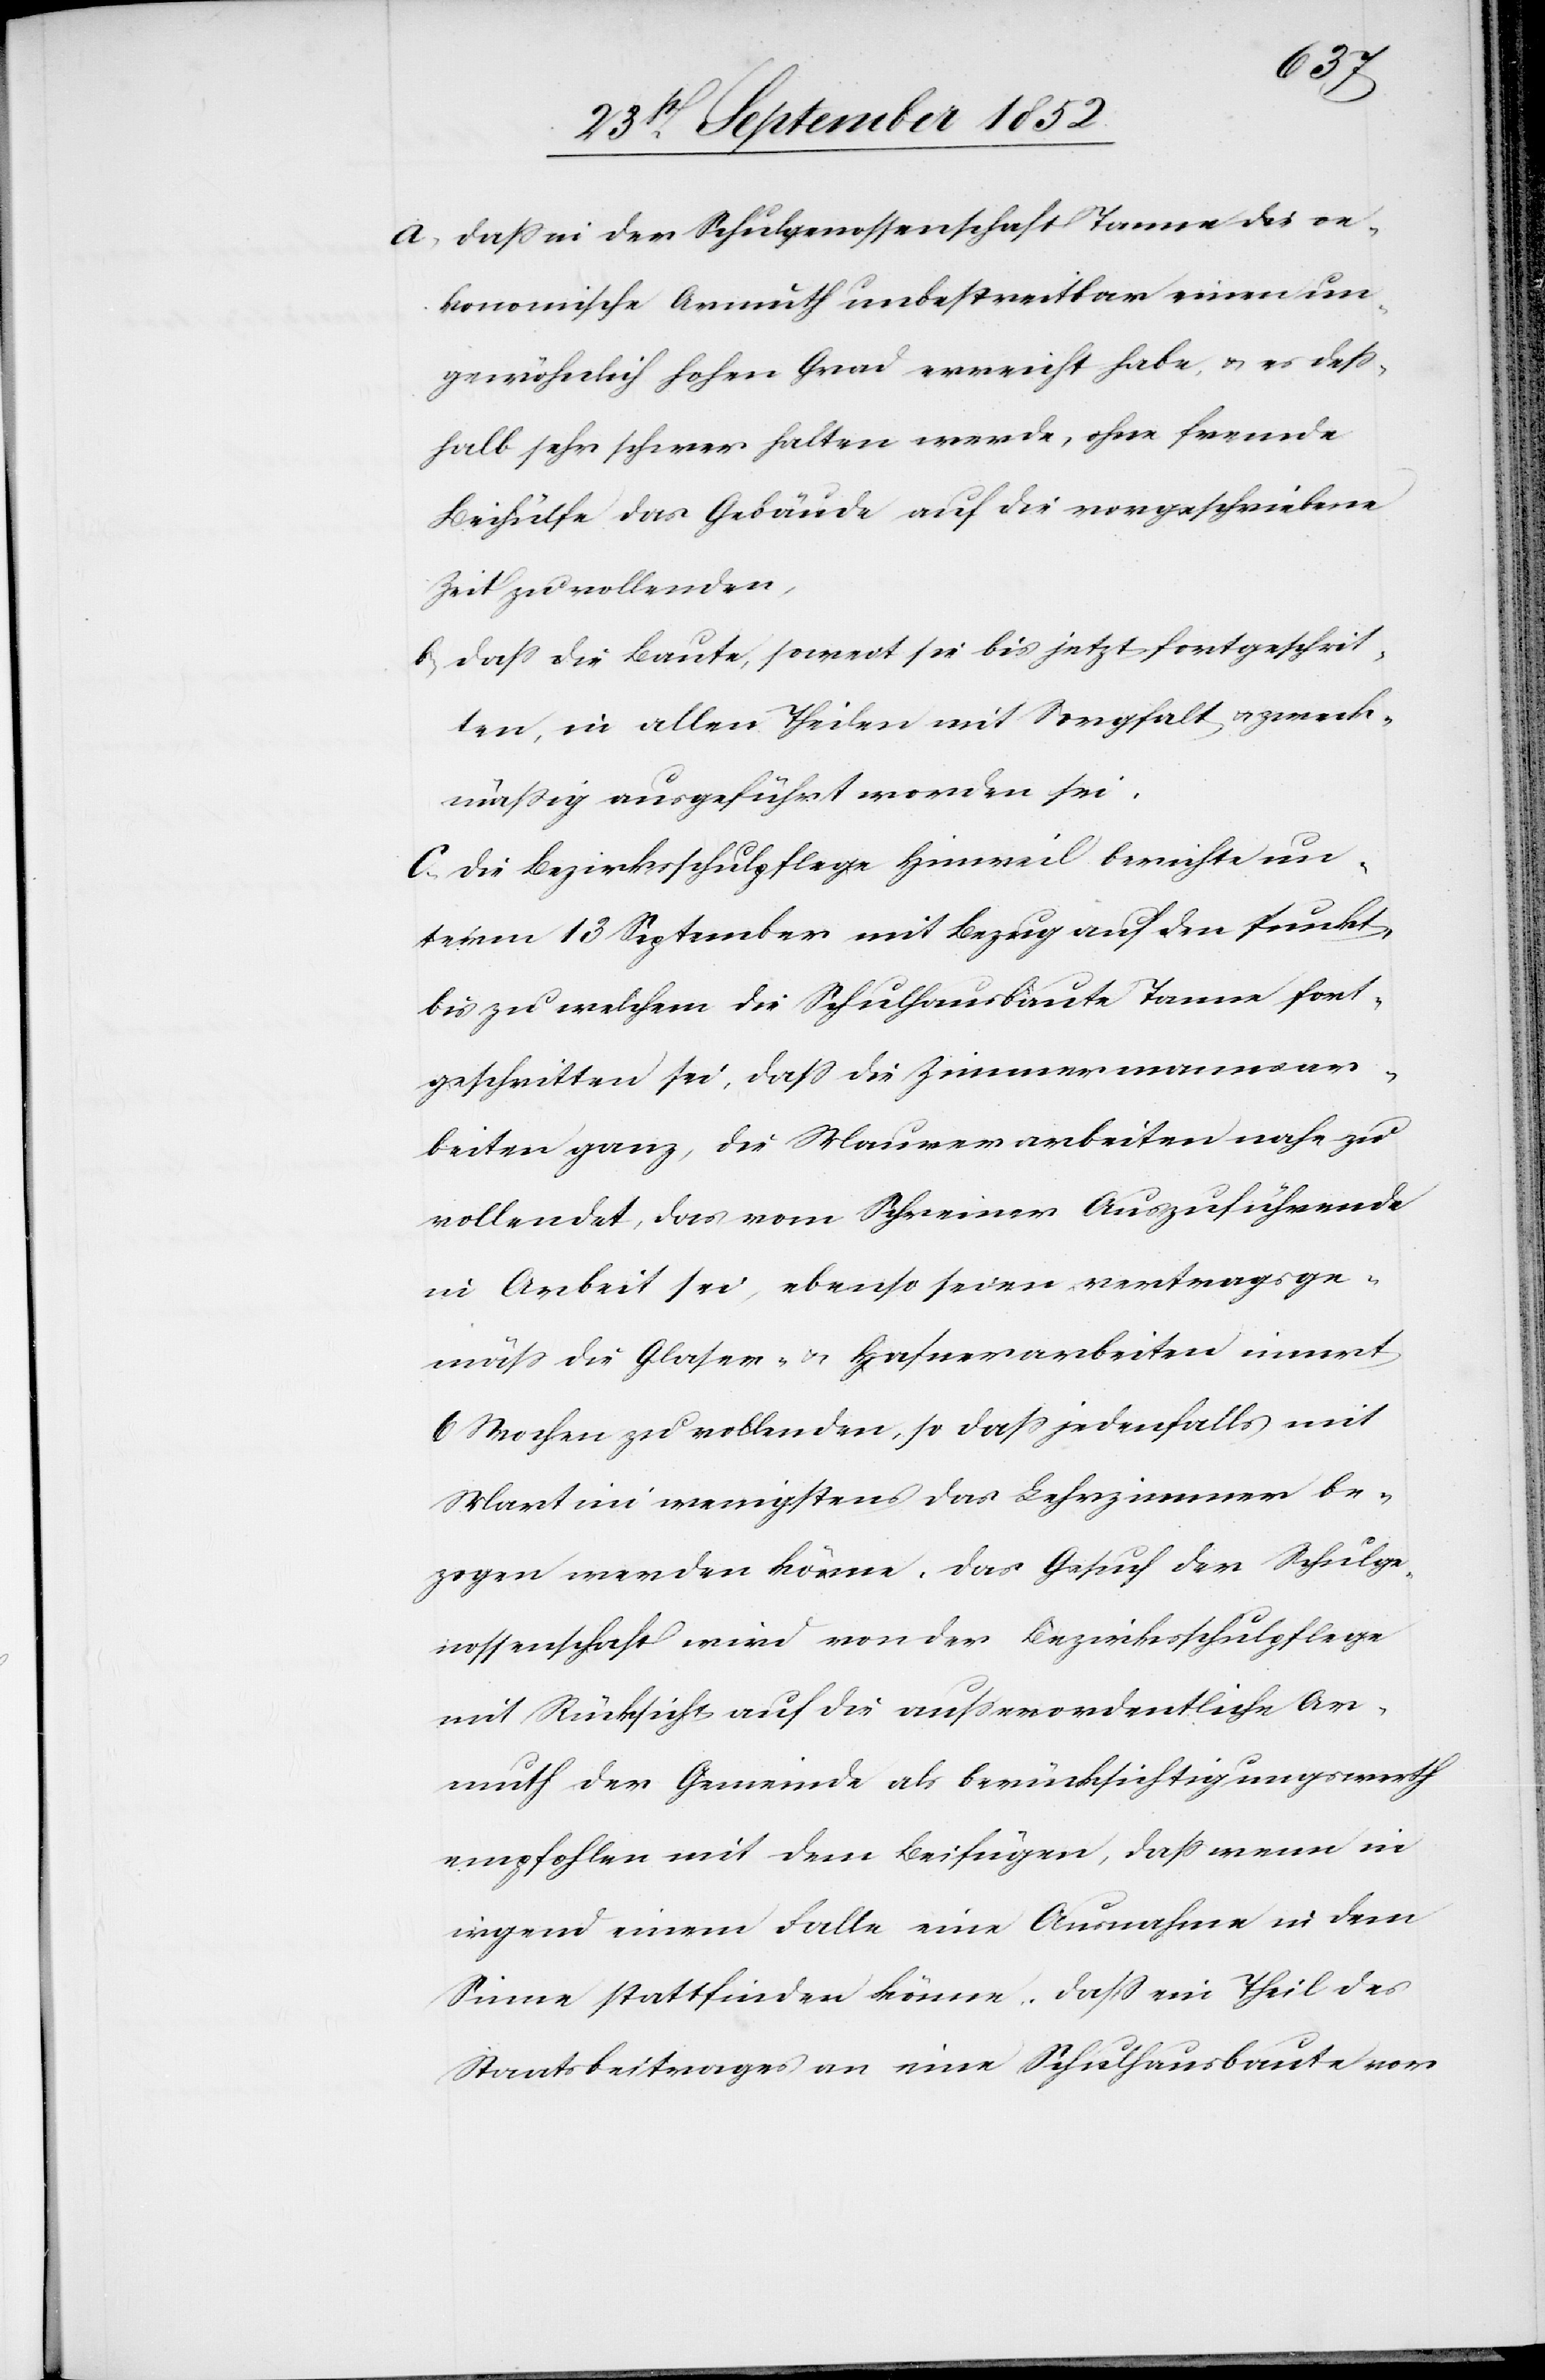
dass in der Schulgenossenschaft Tanne die oe¬
konomische Armuth unbestreitbar einen un¬
gewöhnlich hohen Grad erreicht habe, & es dess¬
halb sehr schwer halten werde, ohne fremde
Beihülfe das Gebäude auf die vorgeschriebene
Zeit zu vollenden,
dass die Baute, soweit sie bis jetzt fortgeschrit¬
ten, in allen Theilen mit Sorgfalt & zweck¬
mäßig ausgeführt worden sei.
C, Die Bezirksschulpflege Hinweil berichte un¬
term 13 September mit Bezug auf den Punkt,
bis zu welchem die Schulhausbaute Tanne fort¬
geschritten sei, dass die Zimmermannsar¬
beiten ganz, die Maurerarbeiten nahezu
vollendet, das vom Schreiner Auszuführende
in Arbeit sei, ebenso seien vertragsge¬
mäss die Glaser- & Hafnerarbeiten innert
6 Wochen zu vollenden, so dass jedenfalls mit
Martini wenigstens das Lehrzimmer be¬
zogen werden könne. Das Gesuch der Schulge¬
nossenschaft wird von der Bezirksschulpflege
mit Rücksicht auf die ausserordentliche Ar¬
muth der Gemeinde als berücksichtigungswerth
empfohlen mit dem Beifügen, dass wenn in
irgend einem Falle eine Ausnahme in dem
Sinne stattfinden könne, dass ein Theil des
Staatsbeitrages an eine Schulhausbaute vor